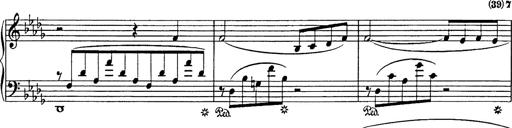
Title: Consolations
Composer: Franz Liszt